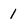
Character: 1